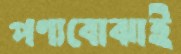
পণ্যবোঝাই